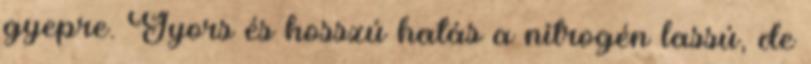
gyepre. Gyors és hosszú hatás a nitrogén lassú, de